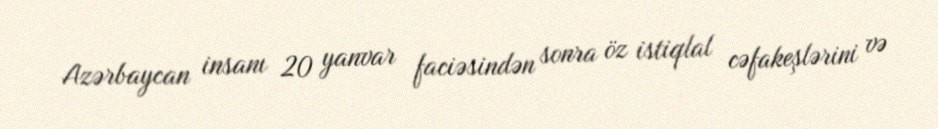
Azərbaycan insanı 20 yanvar faciəsindən sonra öz istiqlal cəfakeşlərini və